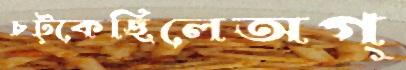
চট্‌কেছিলেঅগ্